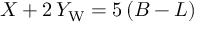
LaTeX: X + 2 \, Y _ { \mathrm { W } } = 5 \, ( B - L )